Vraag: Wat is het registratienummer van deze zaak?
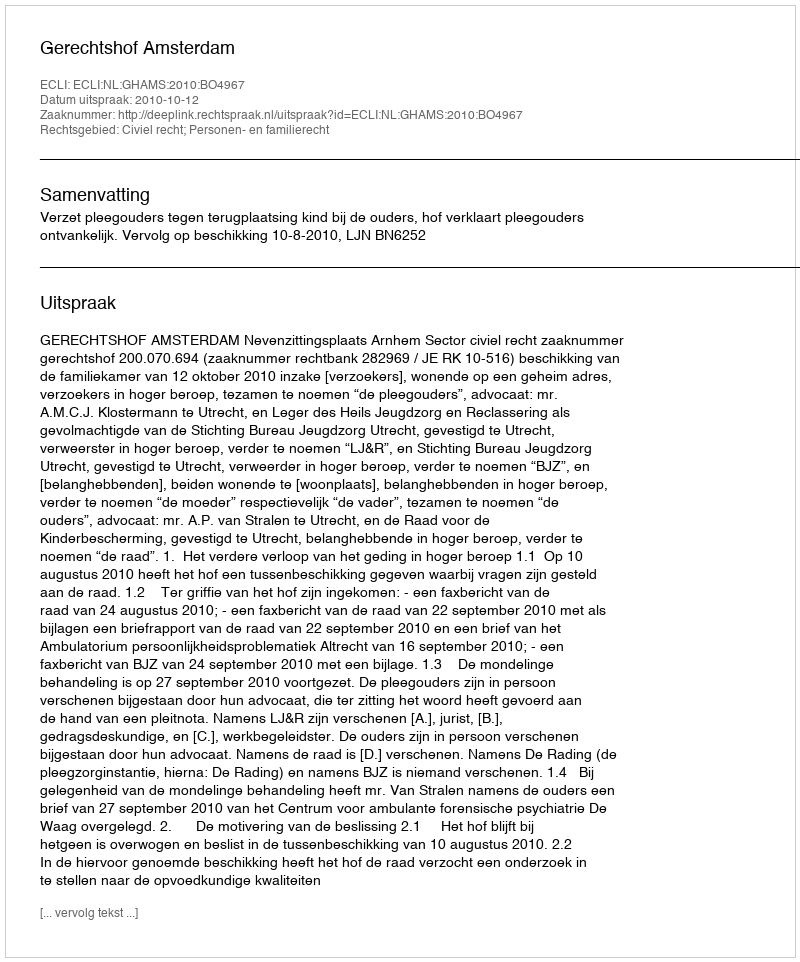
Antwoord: http://deeplink.rechtspraak.nl/uitspraak?id=ECLI:NL:GHAMS:2010:BO4967